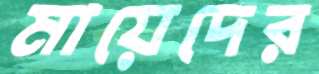
মায়েদের